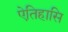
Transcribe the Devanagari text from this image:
ऐतिहासि